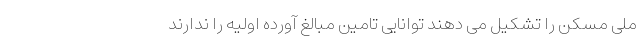
ملی مسکن را تشکیل می دهند توانایی تامین مبالغ آورده اولیه را ندارند